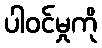
ပါဝင်မှုကို